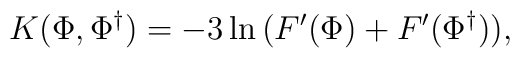
K(\Phi,\Phi^{\dag}) = -3 \ln \big( F'(\Phi) + F'(\Phi^{\dag}) \big),